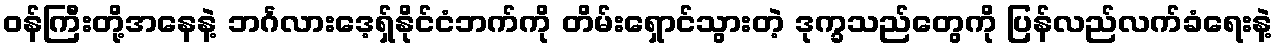
၀န်ကြီးတို့အနေနဲ့ ဘင်္ဂလားဒေ့ရှ်နိုင်ငံဘက်ကို တိမ်းရှောင်သွားတဲ့ ဒုက္ခသည်တွေကို ပြန်လည်လက်ခံရေးနဲ့